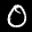
Label: 0